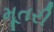
મૂતરી